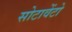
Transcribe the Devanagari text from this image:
सोटावेंटो